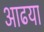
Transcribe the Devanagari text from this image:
आढया